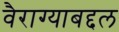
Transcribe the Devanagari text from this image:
वैराग्याबद्दल